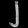
Digit: ၂